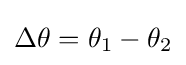
\Delta \theta =\theta _{1}-\theta _{2}